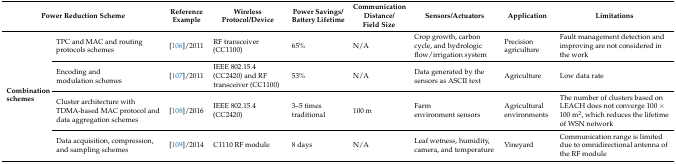
| <COLSPAN=2> Power Reduction Scheme | Reference Example | Wireless Protocol/Device | Power Savings/Battery Lifetime | Communication Distance/Field Size | Sensors/Actuators | Application | Limitations |
 | --- | --- | --- | --- | --- | --- | --- | --- | --- |
 | <ROWSPAN=4> Combination schemes | TPC and MAC and routing protocols schemes | [106]/2011 | RF transceiver (CC1100) | 65% | N/A | Crop growth, carbon cycle, and hydrologic flow/irrigation system | Precision agriculture | Fault management detection and improving are not considered in the work |
 | Encoding and modulation schemes | [107]/2011 | IEEE 802.15.4 (CC2420) and RF transceiver (CC1100) | 53% | N/A | Data generated by the sensors as ASCII text | Agriculture | Low data rate |
 | Cluster architecture with TDMA-based MAC protocol and data aggregation schemes | [108]/2016 | IEEE 802.15.4 (CC2420) | 3–5 times traditional | 100 m | Farm environment sensors | Agricultural environments | The number of clusters based on LEACH does not converge 100 × 100 m2, which reduces the lifetime of WSN network |
 | Data acquisition, compression, and sampling schemes | [109]/2014 | C1110 RF module | 8 days | N/A | Leaf wetness, humidity, camera, and temperature | Vineyard | Communication range is limited due to omnidirectional antenna of the RF module |